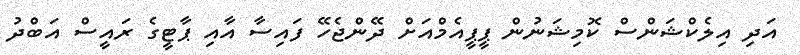
އަދި އިލެކްޝަންސް ކޮމިޝަނުން ޕީޕީއެމްއަށް ދޭންޖެހޭ ފައިސާ އާއި ޕާޓީގެ ރައީސް އަބްދު